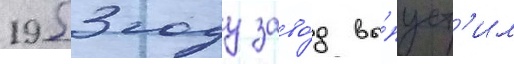
1953 году заво́д вы́пуст'ил